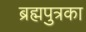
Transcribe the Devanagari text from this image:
ब्रह्मपुत्रका